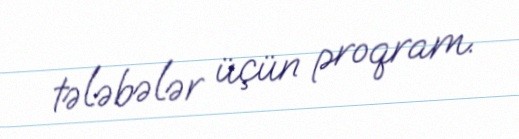
tələbələr üçün proqram.